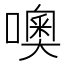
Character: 噢